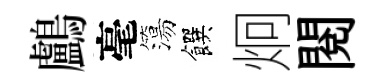
鸕毫簜饌炯閲